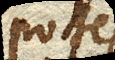
potest